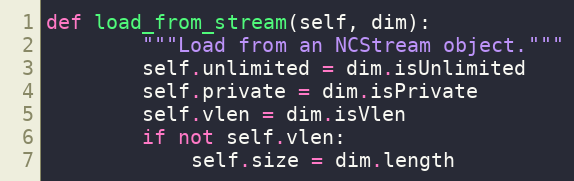
Language: Python
def load_from_stream(self, dim):
        """Load from an NCStream object."""
        self.unlimited = dim.isUnlimited
        self.private = dim.isPrivate
        self.vlen = dim.isVlen
        if not self.vlen:
            self.size = dim.length